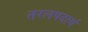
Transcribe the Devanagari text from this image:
तरलपदार्थ